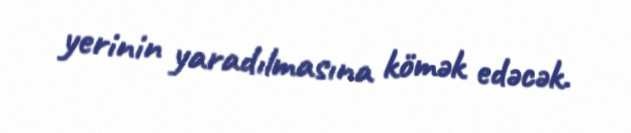
yerinin yaradılmasına kömək edəcək.